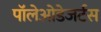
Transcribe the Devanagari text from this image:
पॉलेओडेजर्टस